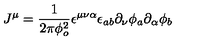
J ^ { \mu } = \frac { 1 } { 2 \pi \phi _ { o } ^ { 2 } } \epsilon ^ { \mu \nu \alpha } \epsilon _ { a b } \partial _ { \nu } \phi _ { a } \partial _ { \alpha } \phi _ { b }